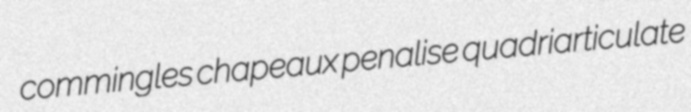
commingles chapeaux penalise quadriarticulate